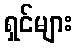
ရှင်များ